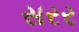
સરર